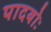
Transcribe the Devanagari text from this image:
पादयोः